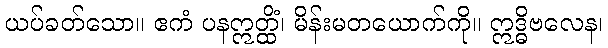
ယပ်ခတ်သော။ ဧကံ ပနဣတ္ထိံ၊ မိန်းမတယောက်ကို။ ဣဒ္ဓိဗလေန၊